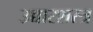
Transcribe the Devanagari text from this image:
उच्चारशस्त्र